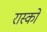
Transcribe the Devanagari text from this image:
रास्को